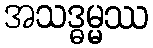
အသဒ္ဓမ္မဿ